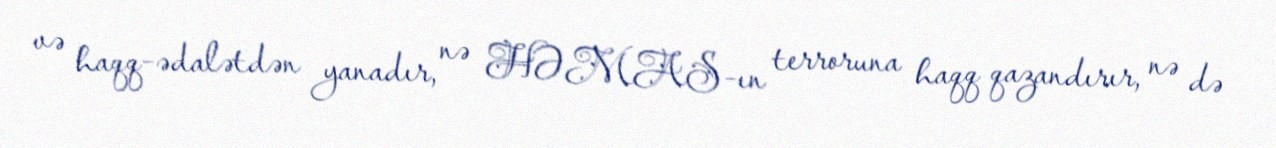
və haqq-ədalətdən yanadır, nə HƏMAS-ın terroruna haqq qazandırır, nə də